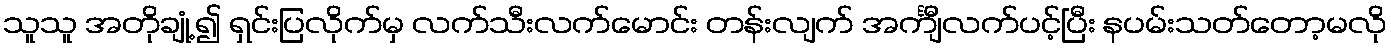
သူသူ အတိုချုံ့၍ ရှင်းပြလိုက်မှ လက်သီးလက်မောင်း တန်းလျက် အင်္ကျီလက်ပင့်ပြီး နပမ်းသတ်တော့မလို